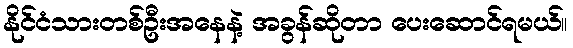
နိုင်ငံသားတစ်ဦးအနေနဲ့ အခွန်ဆိုတာ ပေးဆောင်ရမယ်။